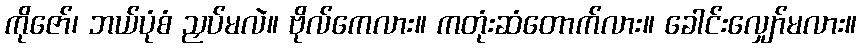
ကိုဇော်၊ ဘယ်ပုံစံ ညှပ်မလဲ။ ဗိုလ်ကေလား။ ကတုံးဆံတောက်လား။ ခေါင်းလျှော်မလား။